Leaving Certificate Examination, 1920
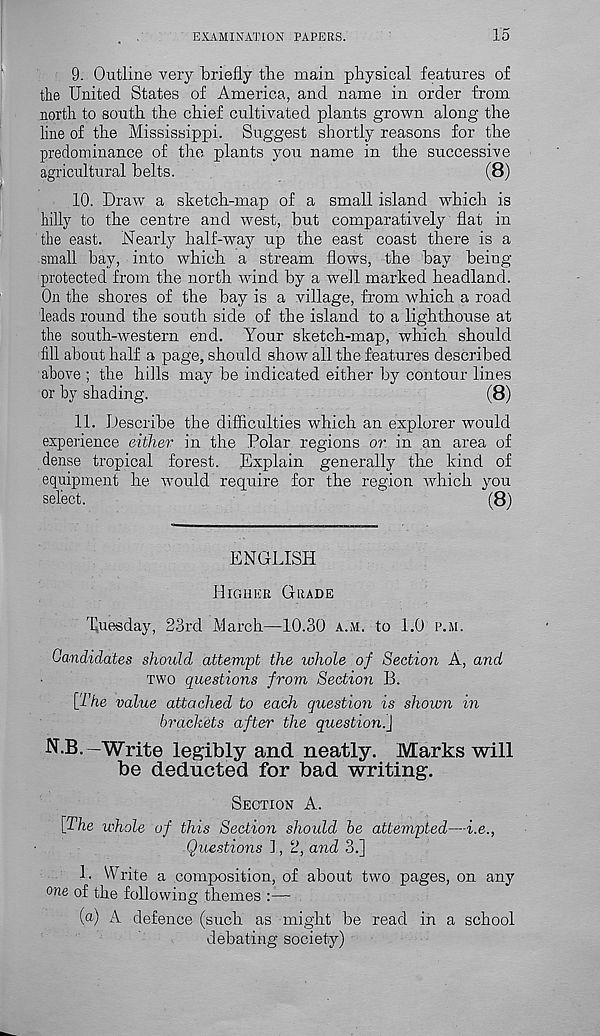
EXAMINATION PAPERS.
15
9. Outline very briefly the main physical features of
the United States of America, and name in order from
north to south the chief cultivated plants grown along the
line of the Mississippi. Suggest shortly reasons for the
predominance of the plants you name in the successive
agricultural belts.
(8)
10. Draw a sketch-map of a small island which is
hilly to the centre and west, but comparatively flat in
the east. Nearly half-way up the east coast there is a
small bay, into which a stream flows, the bay being
protected from the north wind by a well marked headland.
On the shores of the bay is a village, from which a road
leads round the south side of the island to a lighthouse at
the south-western end. Your sketch-map, which should
fill about half a page, should show all the features described
above ; the hills may be indicated either by contour lines
or by shading.
(8)
11. Describe the difficulties which an explorer would
experience either in the Polar regions or in an area of
dense tropical forest. Explain generally the kind of
equipment he would require for the region which you
select.
(8)
ENGLISH
HIGHER GRADE
Tuesday, 23rd March—10.30 A.M. to 1.0 P.M.
Candidates should attempt the whole of Section A, and
TWO questions from Section B.
[The value attached to each question is shown in
brackets after the questioni]
N.B.—Write legibly and. neatly. Marks will
be deducted for bad writing.
SECTION A.
[The whole of this Section should be attempted—i.e.,
Questions 1, 2, and 3.]
1. Write a composition, of about two pages, on any
one of the following themes :—
(a) A defence (such as might be read in a school
debating society)